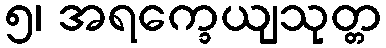
၅၊ အရက္ခေယျသုတ္တ